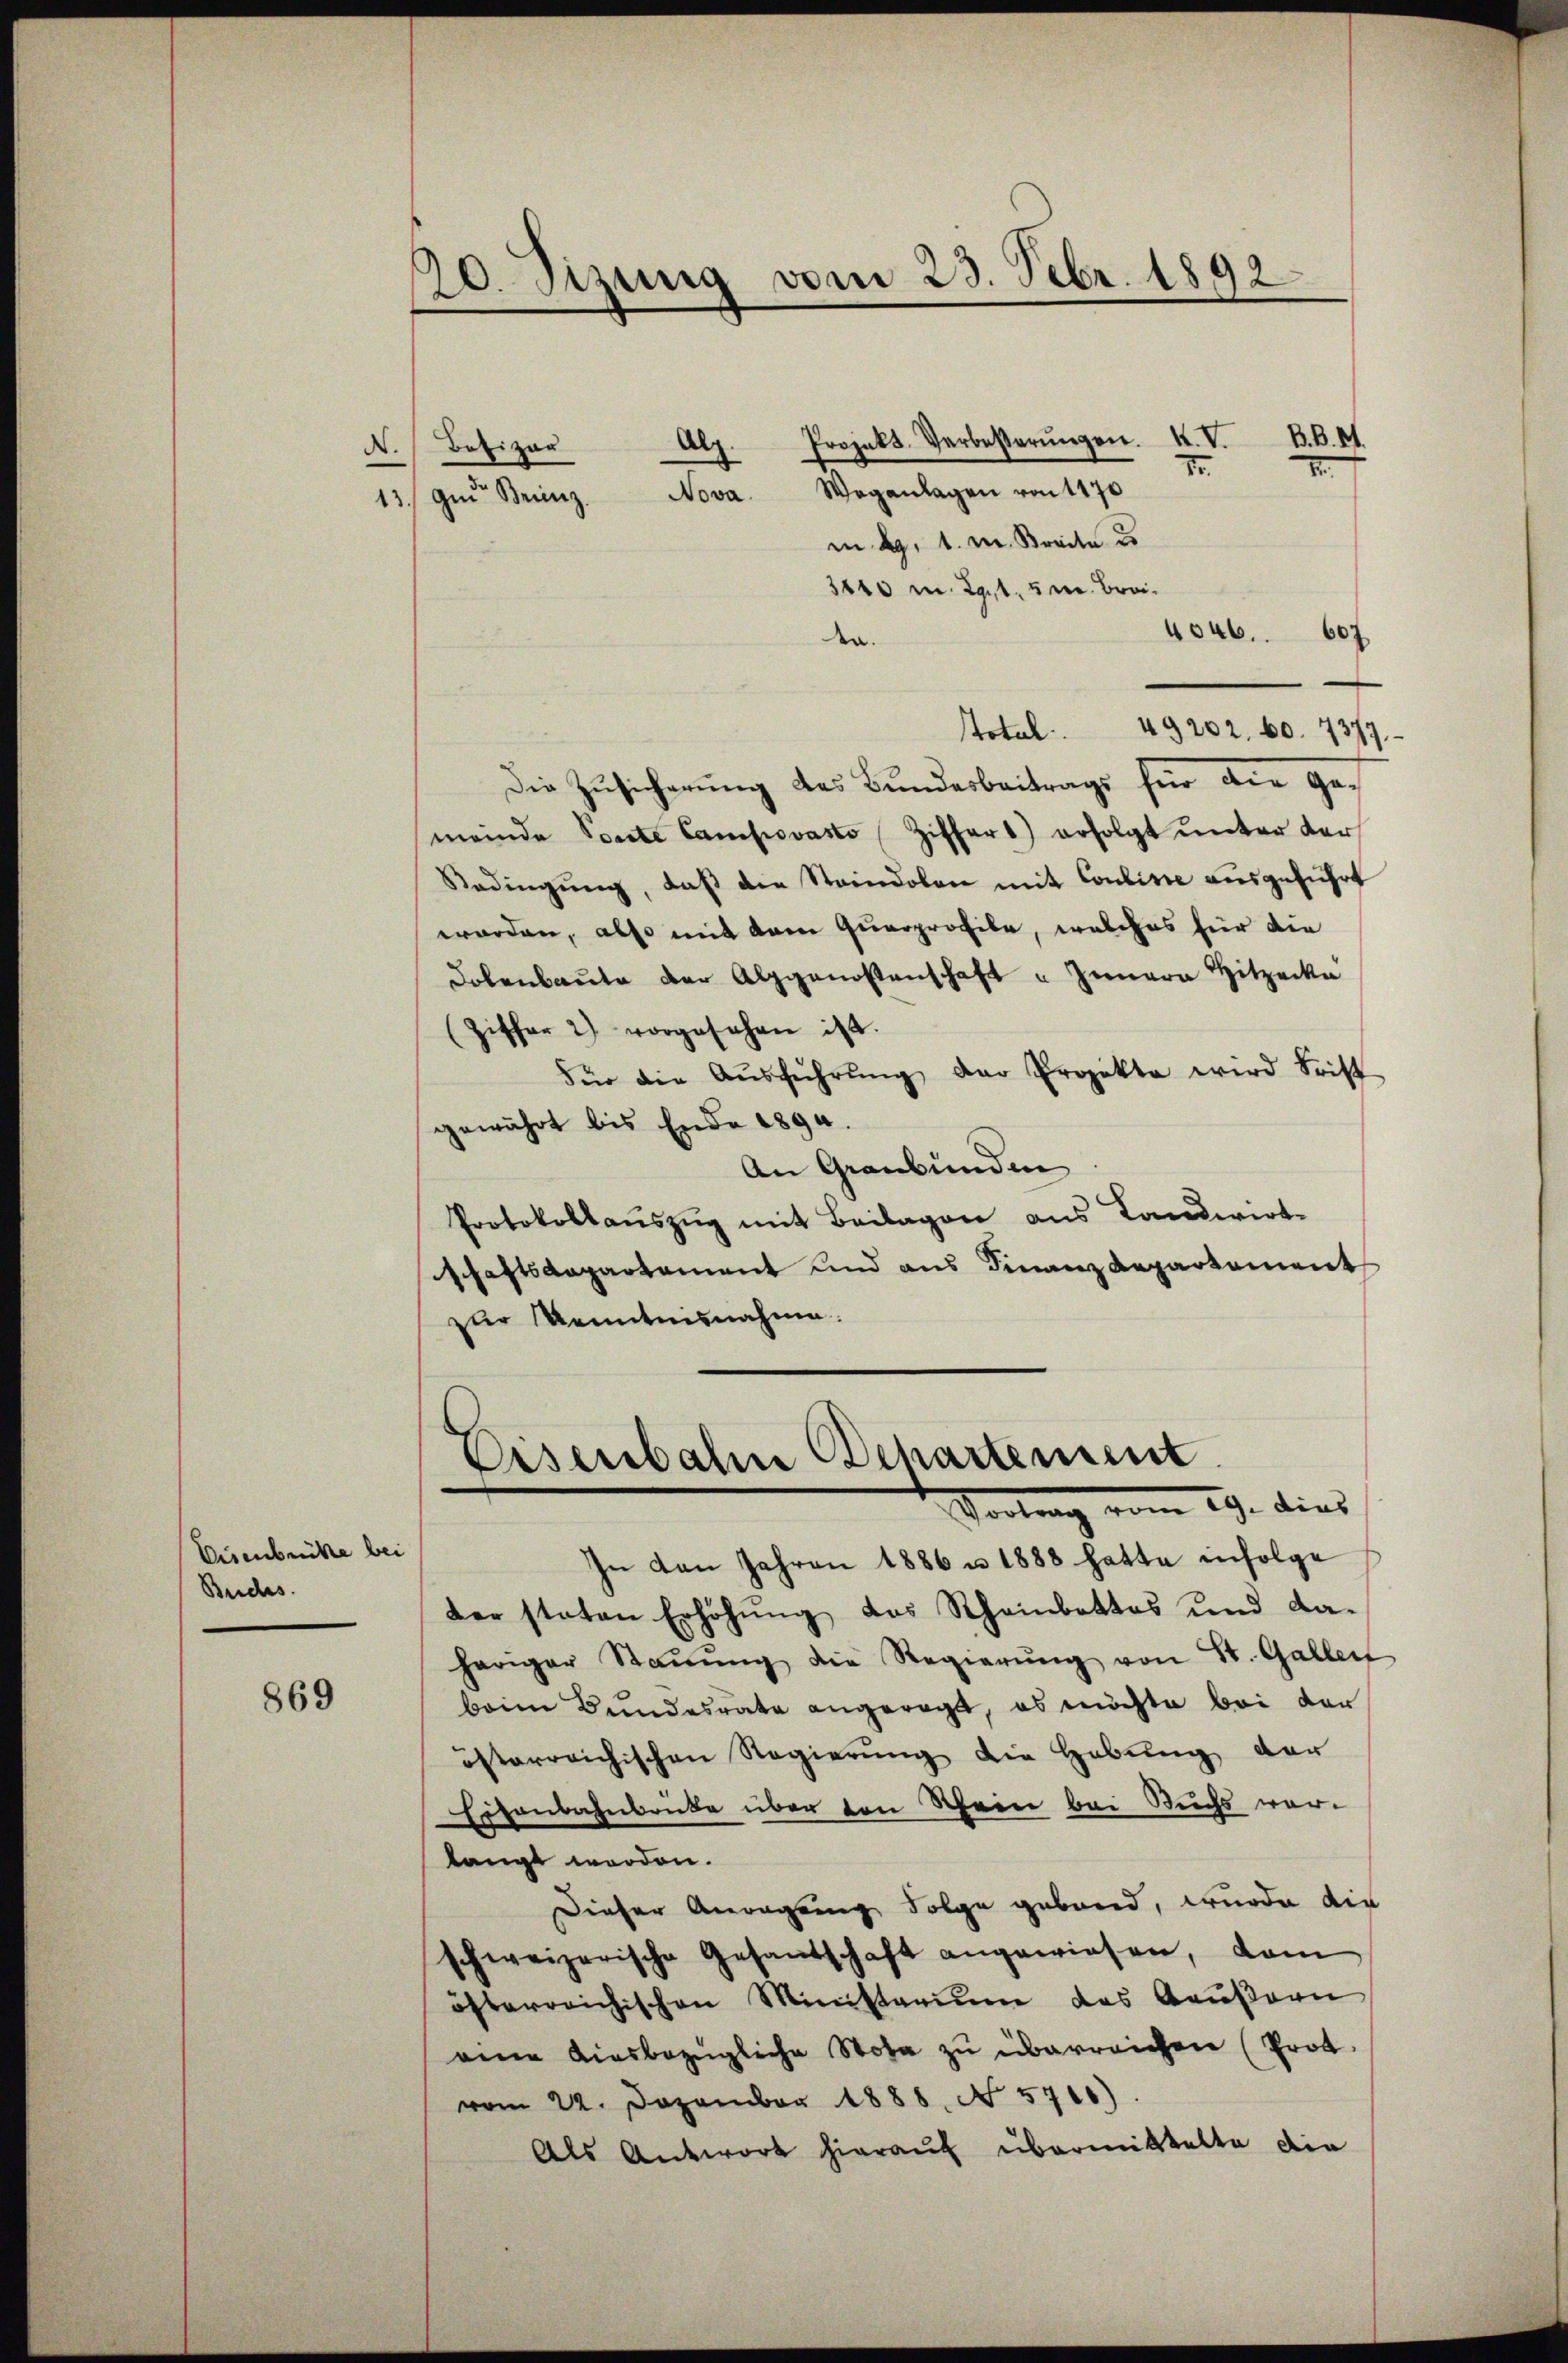
869

Eisenbrücke bei
Budes.

20. Sizung vom 23. Febr. 1892.

Projekt. Verbesserŭngen. K. V.
d.
—
7.
m d. 1. M. Breite d
3110 m. 291, 5 v. Broi¬
4046.
607
den.
Total . 49202. 60. 7377
Die Zusicherung des Bundesbeitrags für die
meinde Vorste Campovasto Ziffers) erfolgt ŭnter der
Redingŭng, daβ die Standolen mit Coulisse ausgeführt
worden, also mit dem Querprofile, welches für die
Lobenbaŭte der Alpgenossenschaft u Innern Hitzerka
(Ziffer 2) vorgesehen ist.
Für die Aŭsführŭng der Projekte wird Frist
gewährt bis Ende 1890.
An Graubünden
Protokollaŭszŭg mit Beilagen aus Landwirt-
schaftsdepartament und aus Finanz Repartement
zur Kenntnisnahme.

Alz.
Bofizer
13. In Benz. Nova. Waganlagen von 1170

B.B. M.
.

Eisenbahn Departement
Vortrag vom 29. dies

In den Jahren 1886 u. 1888 hatte infolge
der staten Erhöhŭng des Rheinbettes und da-
heriger Staŭŭng die Regierŭng von St. Galler
beim Bundesrate angeregt, es möchte bei der
österreichischen Regierŭng die Hebŭng der
Eisenbahnbrücke über den Schein bei Buchs vorlangt worden.
Dieser Anregung Folge geband, wurde die
schweizerische Gesandschaft angewiesen, dam
öfterreichischen Ministerium des Baŭβern
eine diesbezügliche Note zu überreichen (Prot
vom 22. Dezember 1888. No. 5710)
Als Antwort hierauf übermittelte die